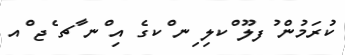
ކުރަމުން ުފލޫ ްކލި ިނ ްކގެ އި ްނ ާޗ ެޖ ްއ